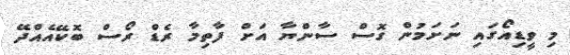
މި ވީޑިއޯގައި ނަށަމުން ގޮސް ސާންޔާ އަށް ފާތިމާ ރެޑް ރޯސް ބޮކޭއެއްދޭ